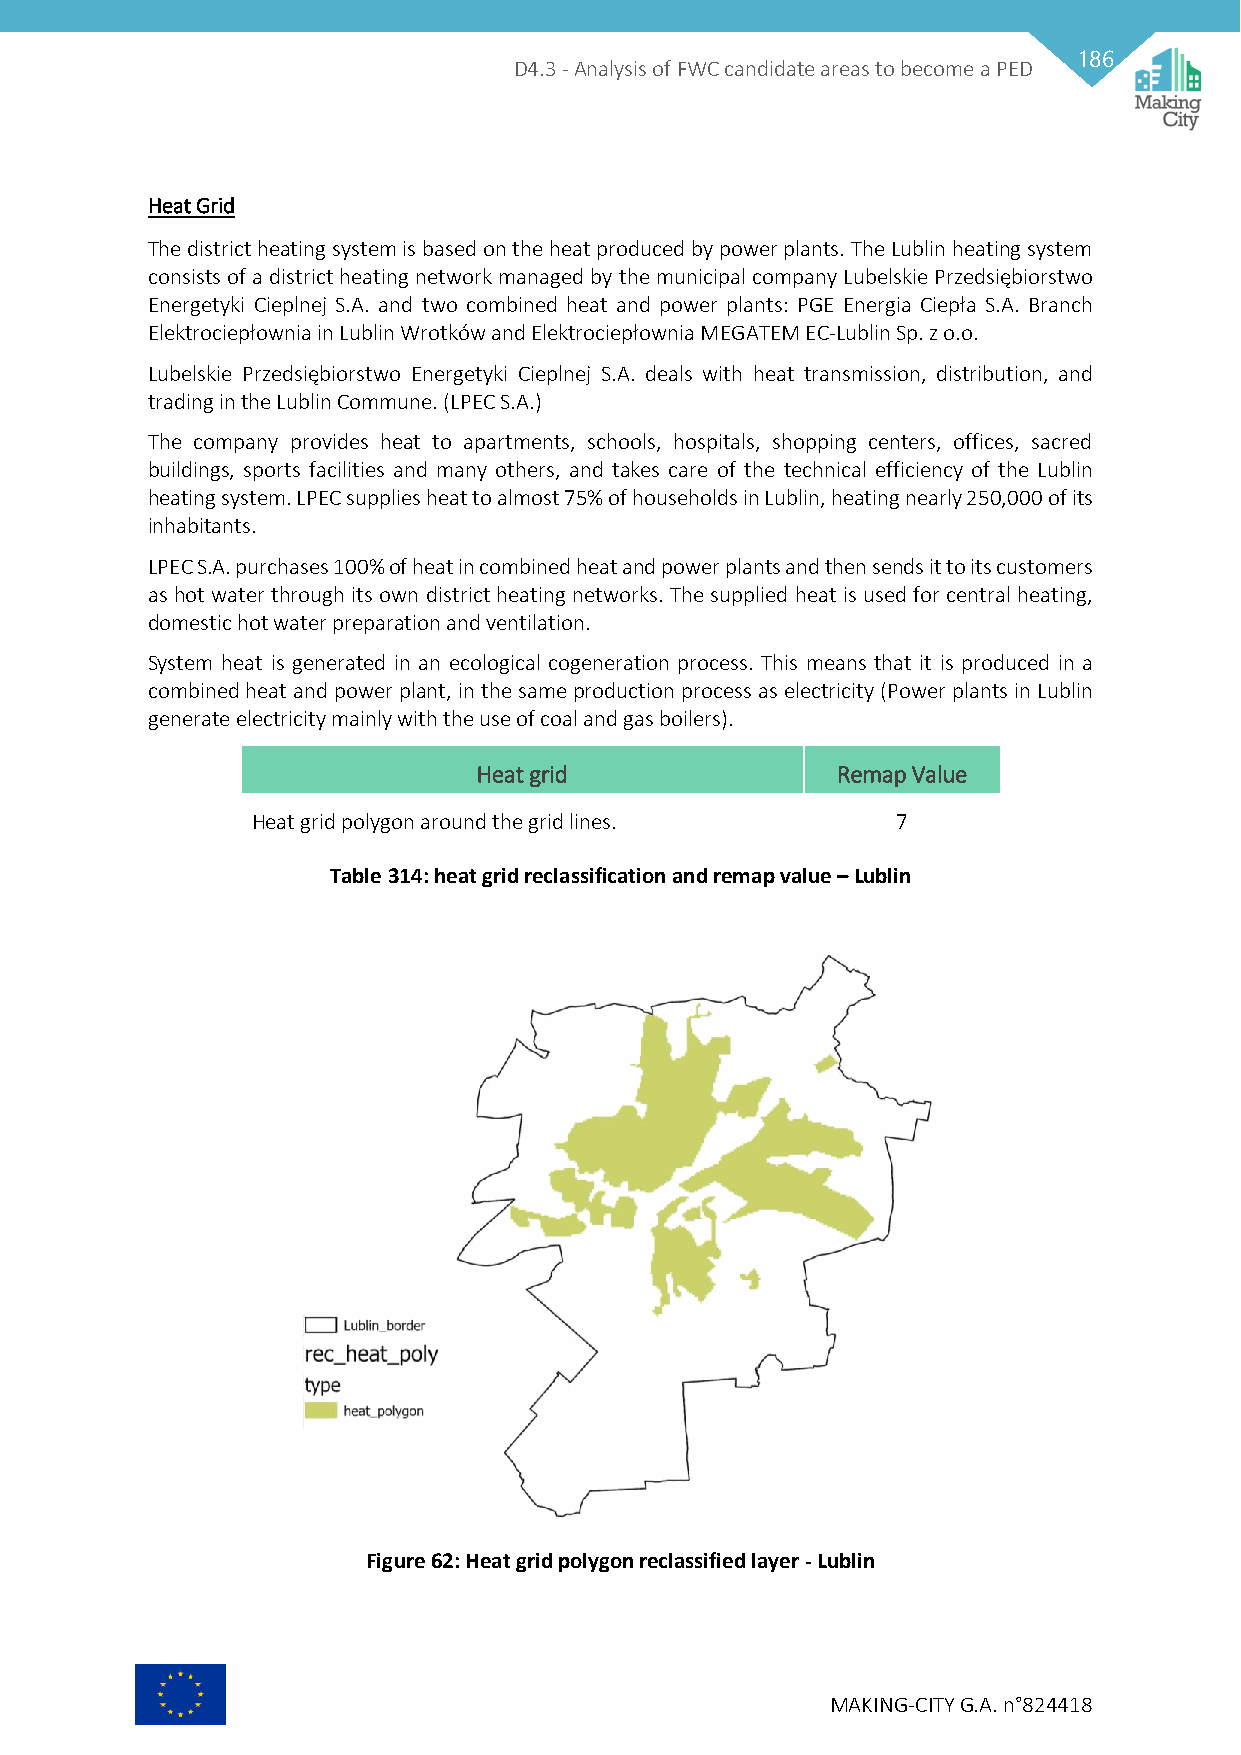
186
 D4.3 - Analysis of FWC candidate areas to become a PED
 Heat Grid
 The district heating system is based on the heat produced by power plants. The Lublin heating system
 consists of a district heating network managed by the municipal company Lubelskie Przedsiębiorstwo
 Energetyki Cieplnej S.A. and two combined heat and power plants: PGE Energia Ciepła S.A. Branch
 Elektrociepłownia in Lublin Wrotków and Elektrociepłownia MEGATEM EC-Lublin Sp. z o.o.
 Lubelskie Przedsiębiorstwo Energetyki Cieplnej S.A. deals with heat transmission, distribution, and
 trading in the Lublin Commune. (LPEC S.A.)
 The company provides heat to apartments, schools, hospitals, shopping centers, offices, sacred
 buildings, sports facilities and many others, and takes care of the technical efficiency of the Lublin
 heating system. LPEC supplies heat to almost 75% of households in Lublin, heating nearly 250,000 of its
 inhabitants.
 LPEC S.A. purchases 100% of heat in combined heat and power plants and then sends it to its customers
 as hot water through its own district heating networks. The supplied heat is used for central heating,
 domestic hot water preparation and ventilation.
 System heat is generated in an ecological cogeneration process. This means that it is produced in a
 combined heat and power plant, in the same production process as electricity (Power plants in Lublin
 generate electricity mainly with the use of coal and gas boilers).
 Heat grid              Remap Value
 Heat grid polygon around the grid lines.  7
 Table 314: heat grid reclassification and remap value – Lublin
 Figure 62: Heat grid polygon reclassified layer - Lublin
 MAKING-CITY G.A. n°824418